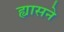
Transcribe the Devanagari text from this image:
ह्यासने